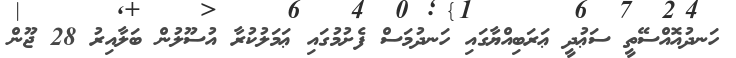
ހަނދުއޮއްސޭތީ ސަޢުދީ ޢަރަބިއްޔާގައި ހަނދުމަސް ފެށުމުގައި ޢަމަލުކުރާ އުސޫލުން ބަލާއިރު 28 ޖޫން